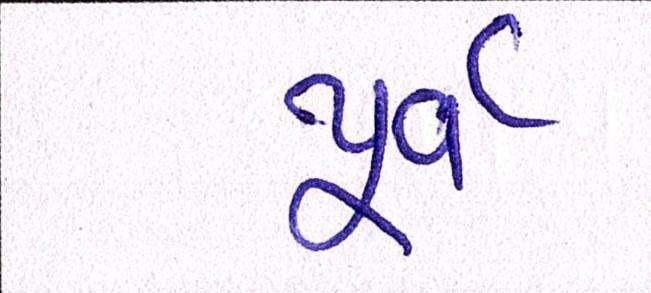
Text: પુર્વ